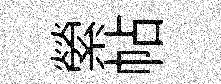
縈帖